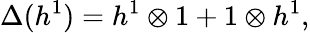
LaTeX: \Delta(h^{1})=h^{1}\otimes 1+1\otimes h^{1},